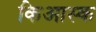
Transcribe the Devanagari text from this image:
किआस्क